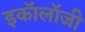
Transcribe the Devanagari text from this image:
इकाॅलाॅजी